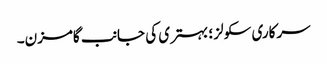
سرکاری سکولز ؛ بہتری کی جانب گامزن۔